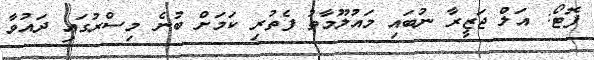
ފޮޓޯ: އަލް ޖަޒީރާ ނުބައި މައުލޫމާތު ފެތުރި ކަމަށް ބުނެ މިސްރުގައި ދައުވާ